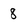
Character: 8